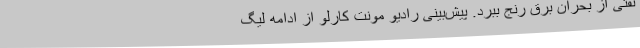
نفتی از بحران برق رنج ببرد. پیش‌بینی رادیو مونت کارلو از ادامه لیگ